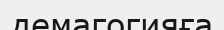
демагогияға